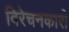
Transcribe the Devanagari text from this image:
विरेचनकारी